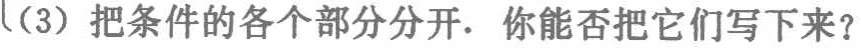
(3) 把条件的各个部分分开. 你能否把它们写下来？